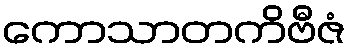
ကောသာတကိဗီဇံ